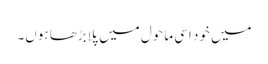
میں خود اسی ماحول میں پلابڑھا ہوں۔